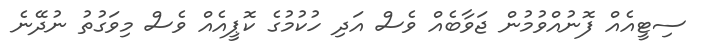
ސިޓީއެއް ފޮނުއްވުމުން ޖަވާބެއް ވެސް އަދި ހުކުމުގެ ކޮޕީއެއް ވެސް މިވަގުތު ނުދޭނެ